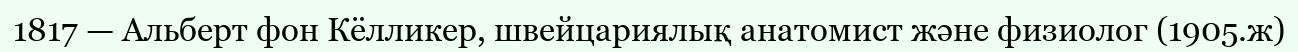
1817 — Альберт фон Кёлликер, швейцариялық анатомист және физиолог (1905.ж)